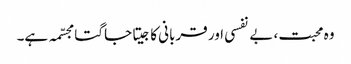
وہ محبت، بے نفسی اور قربانی کا جیتا جاگتا مجسّمہ ہے۔